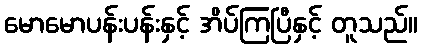
မောမောပန်းပန်းနှင့် အိပ်ကြပြီနှင့် တူသည်။